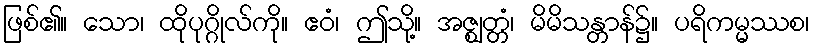
ဖြစ်၏။ သော၊ ထိုပုဂ္ဂိုလ်ကို။ ဧဝံ၊ ဤသို့။ အဇ္ဈတ္တံ၊ မိမိသန္တာန်၌။ ပရိကမ္မဿစ၊